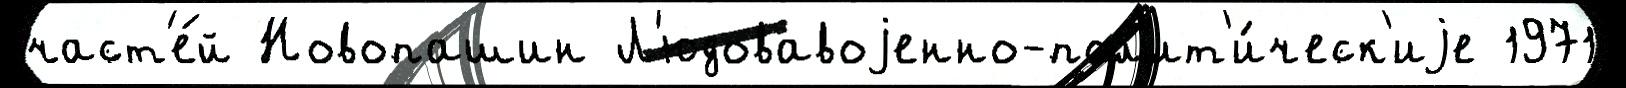
част'е́й Новопашин Л'юдовавоjенно-пол'ит'и́ческ'иjе 1971